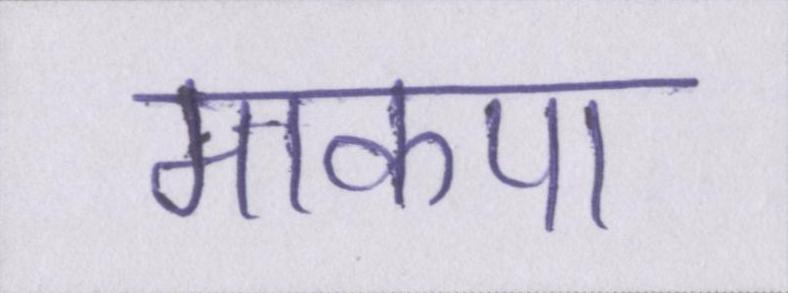
माकपा